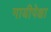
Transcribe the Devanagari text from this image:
गायीपेक्षा